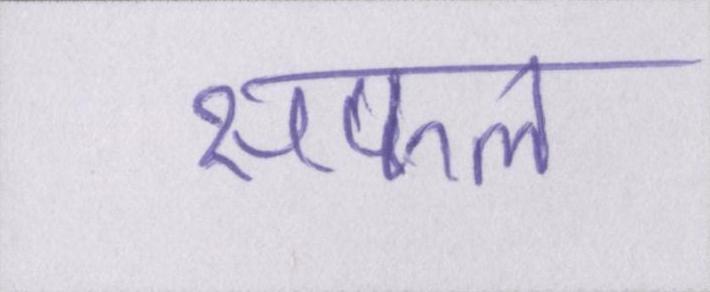
सफल